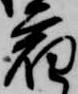
宿